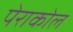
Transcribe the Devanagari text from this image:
पेराकोल